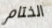
الختام